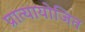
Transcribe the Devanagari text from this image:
प्रात्यायोजित